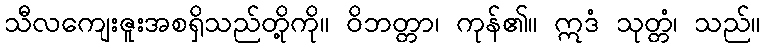
သီလကျေးဇူးအစရှိသည်တို့ကို။ ဝိဘတ္တာ၊ ကုန်၏။ ဣဒံ သုတ္တံ၊ သည်။